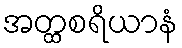
အတ္ထစရိယာနံ